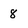
Character: 8